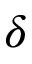
\delta